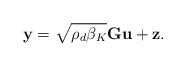
LaTeX: \begin{align*}\mathbf{y} = \sqrt{\rho_d\beta_K}{\mathbf{G}}\mathbf{u}+ \mathbf{z}.\end{align*}